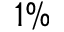
1 \%